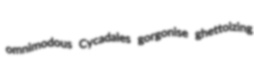
omnimodous Cycadales gorgonise ghettoizing